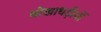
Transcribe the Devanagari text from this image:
धोखाधड़ीयों